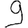
Digit: 9